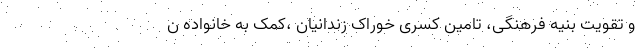
و تقویت بنیه فرهنگی، تامین کسری خوراک زندانیان ،‌کمک به خانواده ن